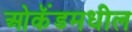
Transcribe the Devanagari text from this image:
ओकॅंडमधील